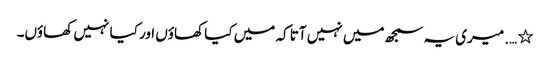
٭ …. میری یہ سمجھ میں نہیں آتا کہ میں کیا کھاؤں اور کیا نہیں کھاؤں۔